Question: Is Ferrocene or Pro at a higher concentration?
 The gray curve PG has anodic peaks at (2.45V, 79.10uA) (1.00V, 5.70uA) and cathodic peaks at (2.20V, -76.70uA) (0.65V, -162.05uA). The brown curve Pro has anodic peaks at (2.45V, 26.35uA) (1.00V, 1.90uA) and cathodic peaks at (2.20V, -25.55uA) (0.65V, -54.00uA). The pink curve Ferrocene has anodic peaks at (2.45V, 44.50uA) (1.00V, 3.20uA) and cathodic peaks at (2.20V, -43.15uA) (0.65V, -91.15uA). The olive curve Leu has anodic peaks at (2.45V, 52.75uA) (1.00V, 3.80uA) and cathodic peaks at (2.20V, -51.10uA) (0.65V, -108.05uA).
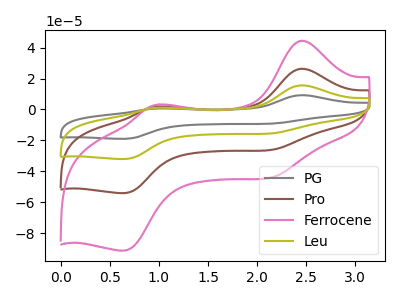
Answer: <think>All the peaks in "Ferrocene" have a peak in "Pro" at the same potential. Every peak in "Ferrocene" is higher than every peak in "Pro".
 </think>
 <answer>"Ferrocene" has more signal than "Pro" and so likely has a higher concentration.</answer>
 <eval>more_concentration</eval>